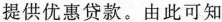
提供优惠贷款。由此可知